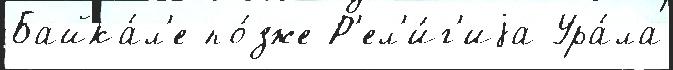
Байка́л'е по́зже Р'ел'и́г'иjа Ура́ла